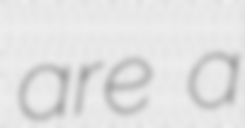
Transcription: are a